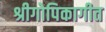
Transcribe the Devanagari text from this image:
श्रीगोपिकागीत